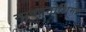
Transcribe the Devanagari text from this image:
नाकानोशिमा